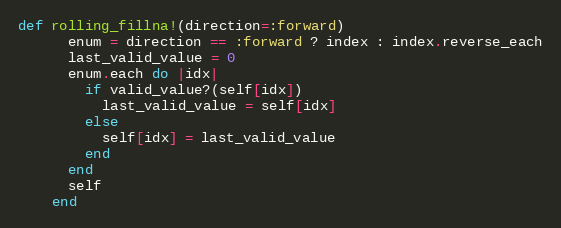
Language: Ruby
def rolling_fillna!(direction=:forward)
      enum = direction == :forward ? index : index.reverse_each
      last_valid_value = 0
      enum.each do |idx|
        if valid_value?(self[idx])
          last_valid_value = self[idx]
        else
          self[idx] = last_valid_value
        end
      end
      self
    end